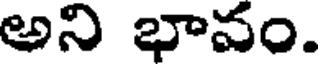
అని భావం.